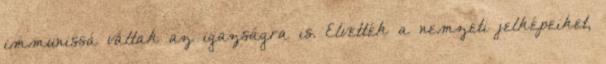
immunissá váltak az igazságra is. Elvették a nemzeti jelképeiket,